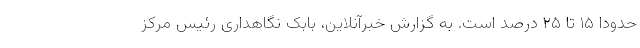
حدودا ۱۵ تا ۲۵ درصد است. به گزارش خبرآنلاین، بابک نگاهداری رئیس مرکز